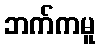
ဘက်ကမူ